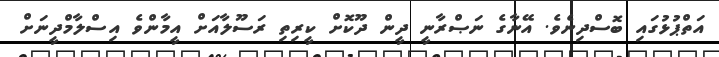
އަތްޕުޅުގައި ބޮސްދިނެވެ. އޭނާގެ ނަޞްރާނީ ދީން ދޫކޮށް ކީރިތި ރަސޫލާއަށް އީމާންވެ އިސްލާމްދީނަށް